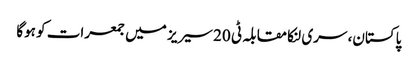
پاکستان، سری لنکا مقابلہ ٹی 20 سیریز میں جمعرات کو ہوگا